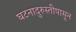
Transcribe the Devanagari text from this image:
घटनादुरुस्तीपासून